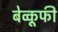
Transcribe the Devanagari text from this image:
बेव्कूफी